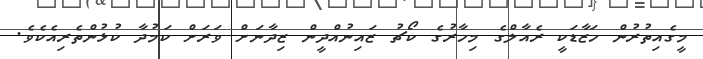
މީގެއިތުރުން ހަޒާޑަކީ ރެއާލްގެ މިހާރުގެ ކޯޗު ޒައިނުއްދީން ޒިދާނަށް ވަރަށް ކަމުދާ ކުޅުންތެރިއެކެވެ.